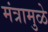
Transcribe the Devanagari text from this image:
मंत्रामुळे